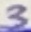
Text: 3